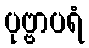
ပုဗ္ဗာပရံ